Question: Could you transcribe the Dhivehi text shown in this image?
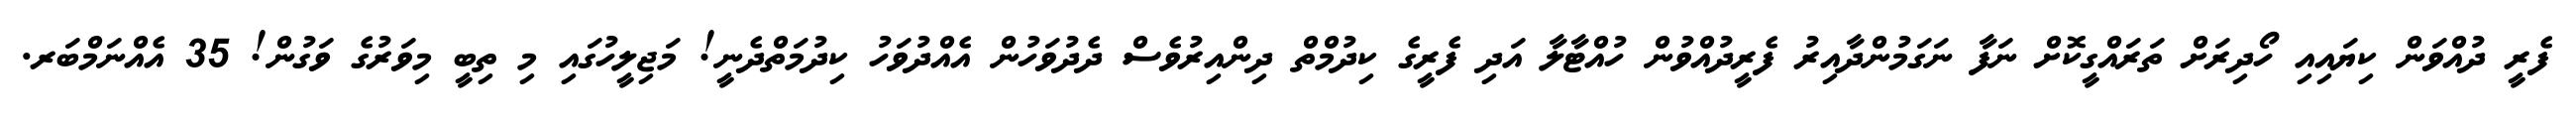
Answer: ފެރީ ދުއްވަން ކިޔައިއި ހޯދިރަށް ތަރައްގީކޮށް ނަފާ ނަގަމުންދާއިރު ފެރީދުއްވުން ހުއްޓާލާ އަދި ފެރީގެ ކިދުމްތް ދިންއިރުވެސް ދެދުވަހުން އެއްދުވަހު ކިދުމަތްދެނީ! މަޖިލީހުގައި މި ތިބީ މިވަރުގެ ވަގުން! 35 އެއްނަމްބަރ.